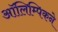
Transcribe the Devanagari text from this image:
ऑलिम्पिकने